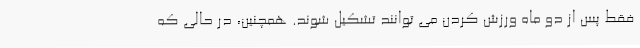
فقط پس از دو ماه ورزش کردن می توانند تشکیل شوند. همچنین، در حالی که